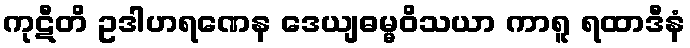
ကုဋီတိ ဥဒါဟရဏေန ဒေယျဓမ္မဝိသယာ ကာရူ ရထာဒီနံ